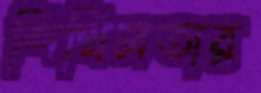
শিথিলতার